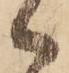
御